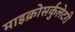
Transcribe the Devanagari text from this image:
माइक्रोसर्कुलेटरी